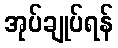
အုပ်ချုပ်ရန်